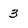
Character: 3